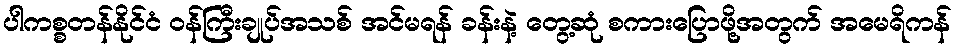
ပါကစ္စတန်နိုင်ငံ ဝန်ကြီးချုပ်အသစ် အင်မရန် ခန်းနဲ့ တွေ့ဆုံ စကားပြောဖို့အတွက် အမေရိကန်